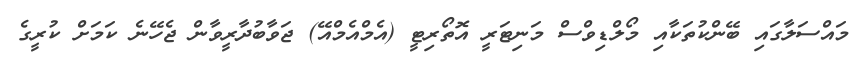
މައްސަލާގައި ބޭންކުތަކާއި މޯލްޑިވްސް މަނިޓަރީ އޮތޯރިޓީ (އެމްއެމްއޭ) ޖަވާބުދާރީވާން ޖެހޭނެ ކަމަށް ކުރީގެ